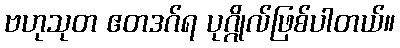
ဗဟုသုတ ဧတဒဂ်ရ ပုဂ္ဂိုလ်ဖြစ်ပါတယ်။